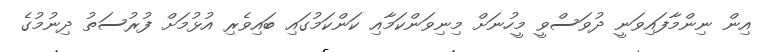
އިން ނިންމާފައިވަނީ ދުވަސްވީ މީހުނަށް މިނިވަންކަމާއި ކަންކަމުގައި ބައިވެރި އުޅުމަށް ފުރުސަތު ދިނުމުގެ